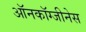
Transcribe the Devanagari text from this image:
ऑनकॉग्जीनेस